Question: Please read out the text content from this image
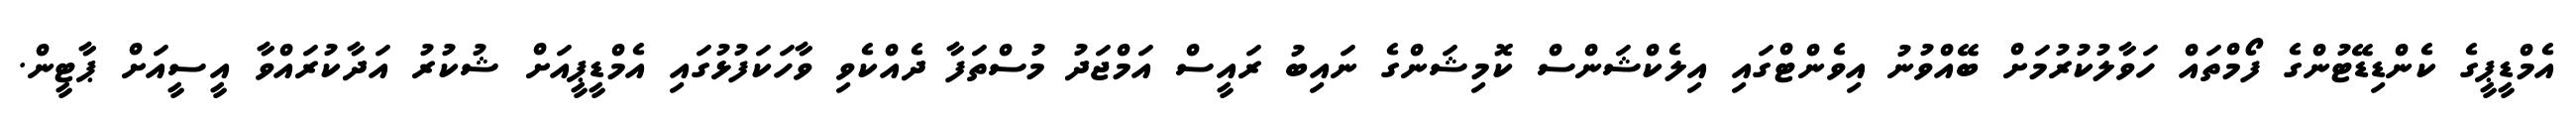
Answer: އެމްޑީޕީގެ ކެންޑިޑޭޓުންގެ ފޯމްތައް ހަވާލުކުރުމަށް ބޭއްވުނު އިވެންޓްގައި އިލެކްޝަންސް ކޮމިޝަންގެ ނައިބު ރައީސް އަމްޖަދު މުސްތަފާ ދެއްކެވި ވާހަކަފުޅުގައި އެމްޑީޕީއަށް ޝުކުރު އަދާކުރައްވާ އީސީއަށް ޕާޓީން.